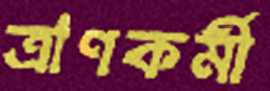
ত্রাণকর্মী